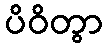
ပိဝိတွာ